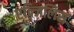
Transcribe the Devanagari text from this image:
एन्जिलिस